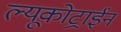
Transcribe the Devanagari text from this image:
ल्यूकोट्राईन